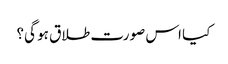
کیا اس صورت طلاق ہو گی؟